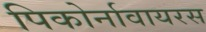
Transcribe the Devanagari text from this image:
पिकोर्नावायरस